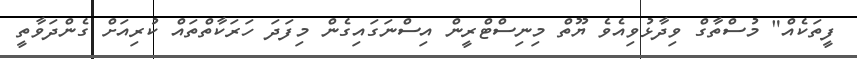
ފީތަކެއް" މުސްތާގް ވިދާޅުވިއެވެ ޔޫތް މިނިސްޓްރީން އިސްނަގައިގެން މިފަދަ ހަރަކާތްތައް ކުރިއަށް ގެންދަވާތީ